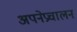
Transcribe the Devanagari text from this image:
अपनेप्रचालन